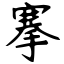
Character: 搴